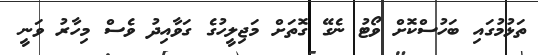
ތަޅުމުގައި ބަހުސްކޮށް ވޯޓު ނެގޭ ގޮތަށް މަޖިލީހުގެ ގަވާއިދު ވެސް މިހާރު ވަނީ